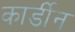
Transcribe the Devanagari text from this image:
कार्डीन